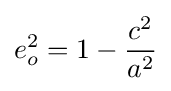
e_{o}^{2}=1-{\frac {c^{2}}{a^{2}}}